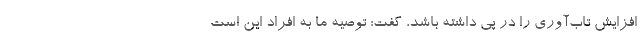
افزایش تاب‌آوری را در پی داشته باشد، گفت: توصیه ما به افراد این است